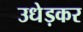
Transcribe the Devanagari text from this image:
उधेड़कर